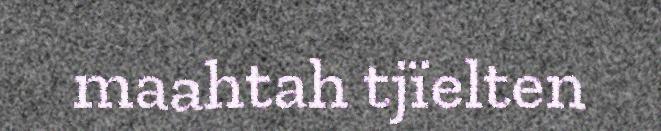
maahtah tjïelten